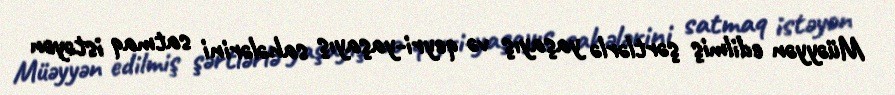
Müəyyən edilmiş şərtlərlə yaşayış və qeyri-yaşayış sahələrini satmaq istəyən